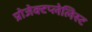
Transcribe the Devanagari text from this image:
प्रोजेक्टप्लेलिस्ट